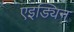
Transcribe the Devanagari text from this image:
एइड्यिन